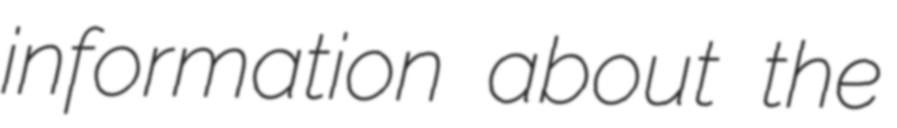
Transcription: information about the